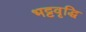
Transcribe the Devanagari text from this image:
भट्टवृद्धि